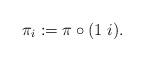
LaTeX: \begin{align*} \pi_i := \pi \circ (1 \; i).\end{align*}